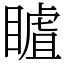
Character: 䁦